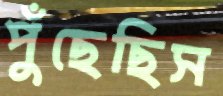
পুঁছেছিস